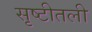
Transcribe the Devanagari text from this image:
सृष्टीतली